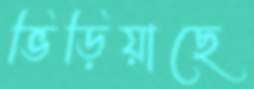
ভিড়িয়াছে